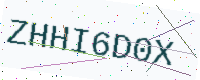
Text: ZHHI6D0X